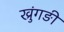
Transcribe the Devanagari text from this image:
ख्रुंगङी